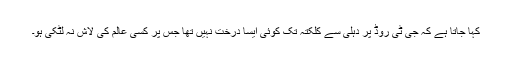
کہا جاتا ہے کہ جی ٹی روڈ پر دہلی سے کلکتہ تک کوئی ایسا درخت نہیں تھا جس پر کسی عالم کی لاش نہ لٹکی ہو۔